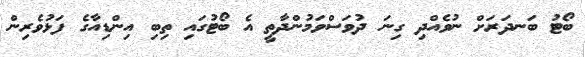
ބޯޓު ބަނދަރަށް ނުވެއްދި ގިނަ ދުވަސްވަމުންދާތީ އެ ބޯޓުގައި ތިބި އިންޑިއާގެ ފަޅުވެރިން